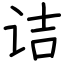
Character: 诘